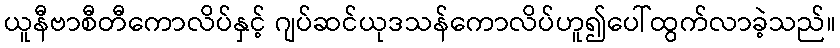
ယူနီဗာစီတီကောလိပ်နှင့် ဂျပ်ဆင်ယုဒသန်ကောလိပ်ဟူ၍ပေါ်ထွက်လာခဲ့သည်။